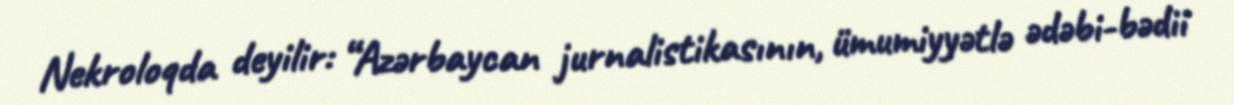
Nekroloqda deyilir: “Azərbaycan jurnalistikasının, ümumiyyətlə ədəbi-bədii